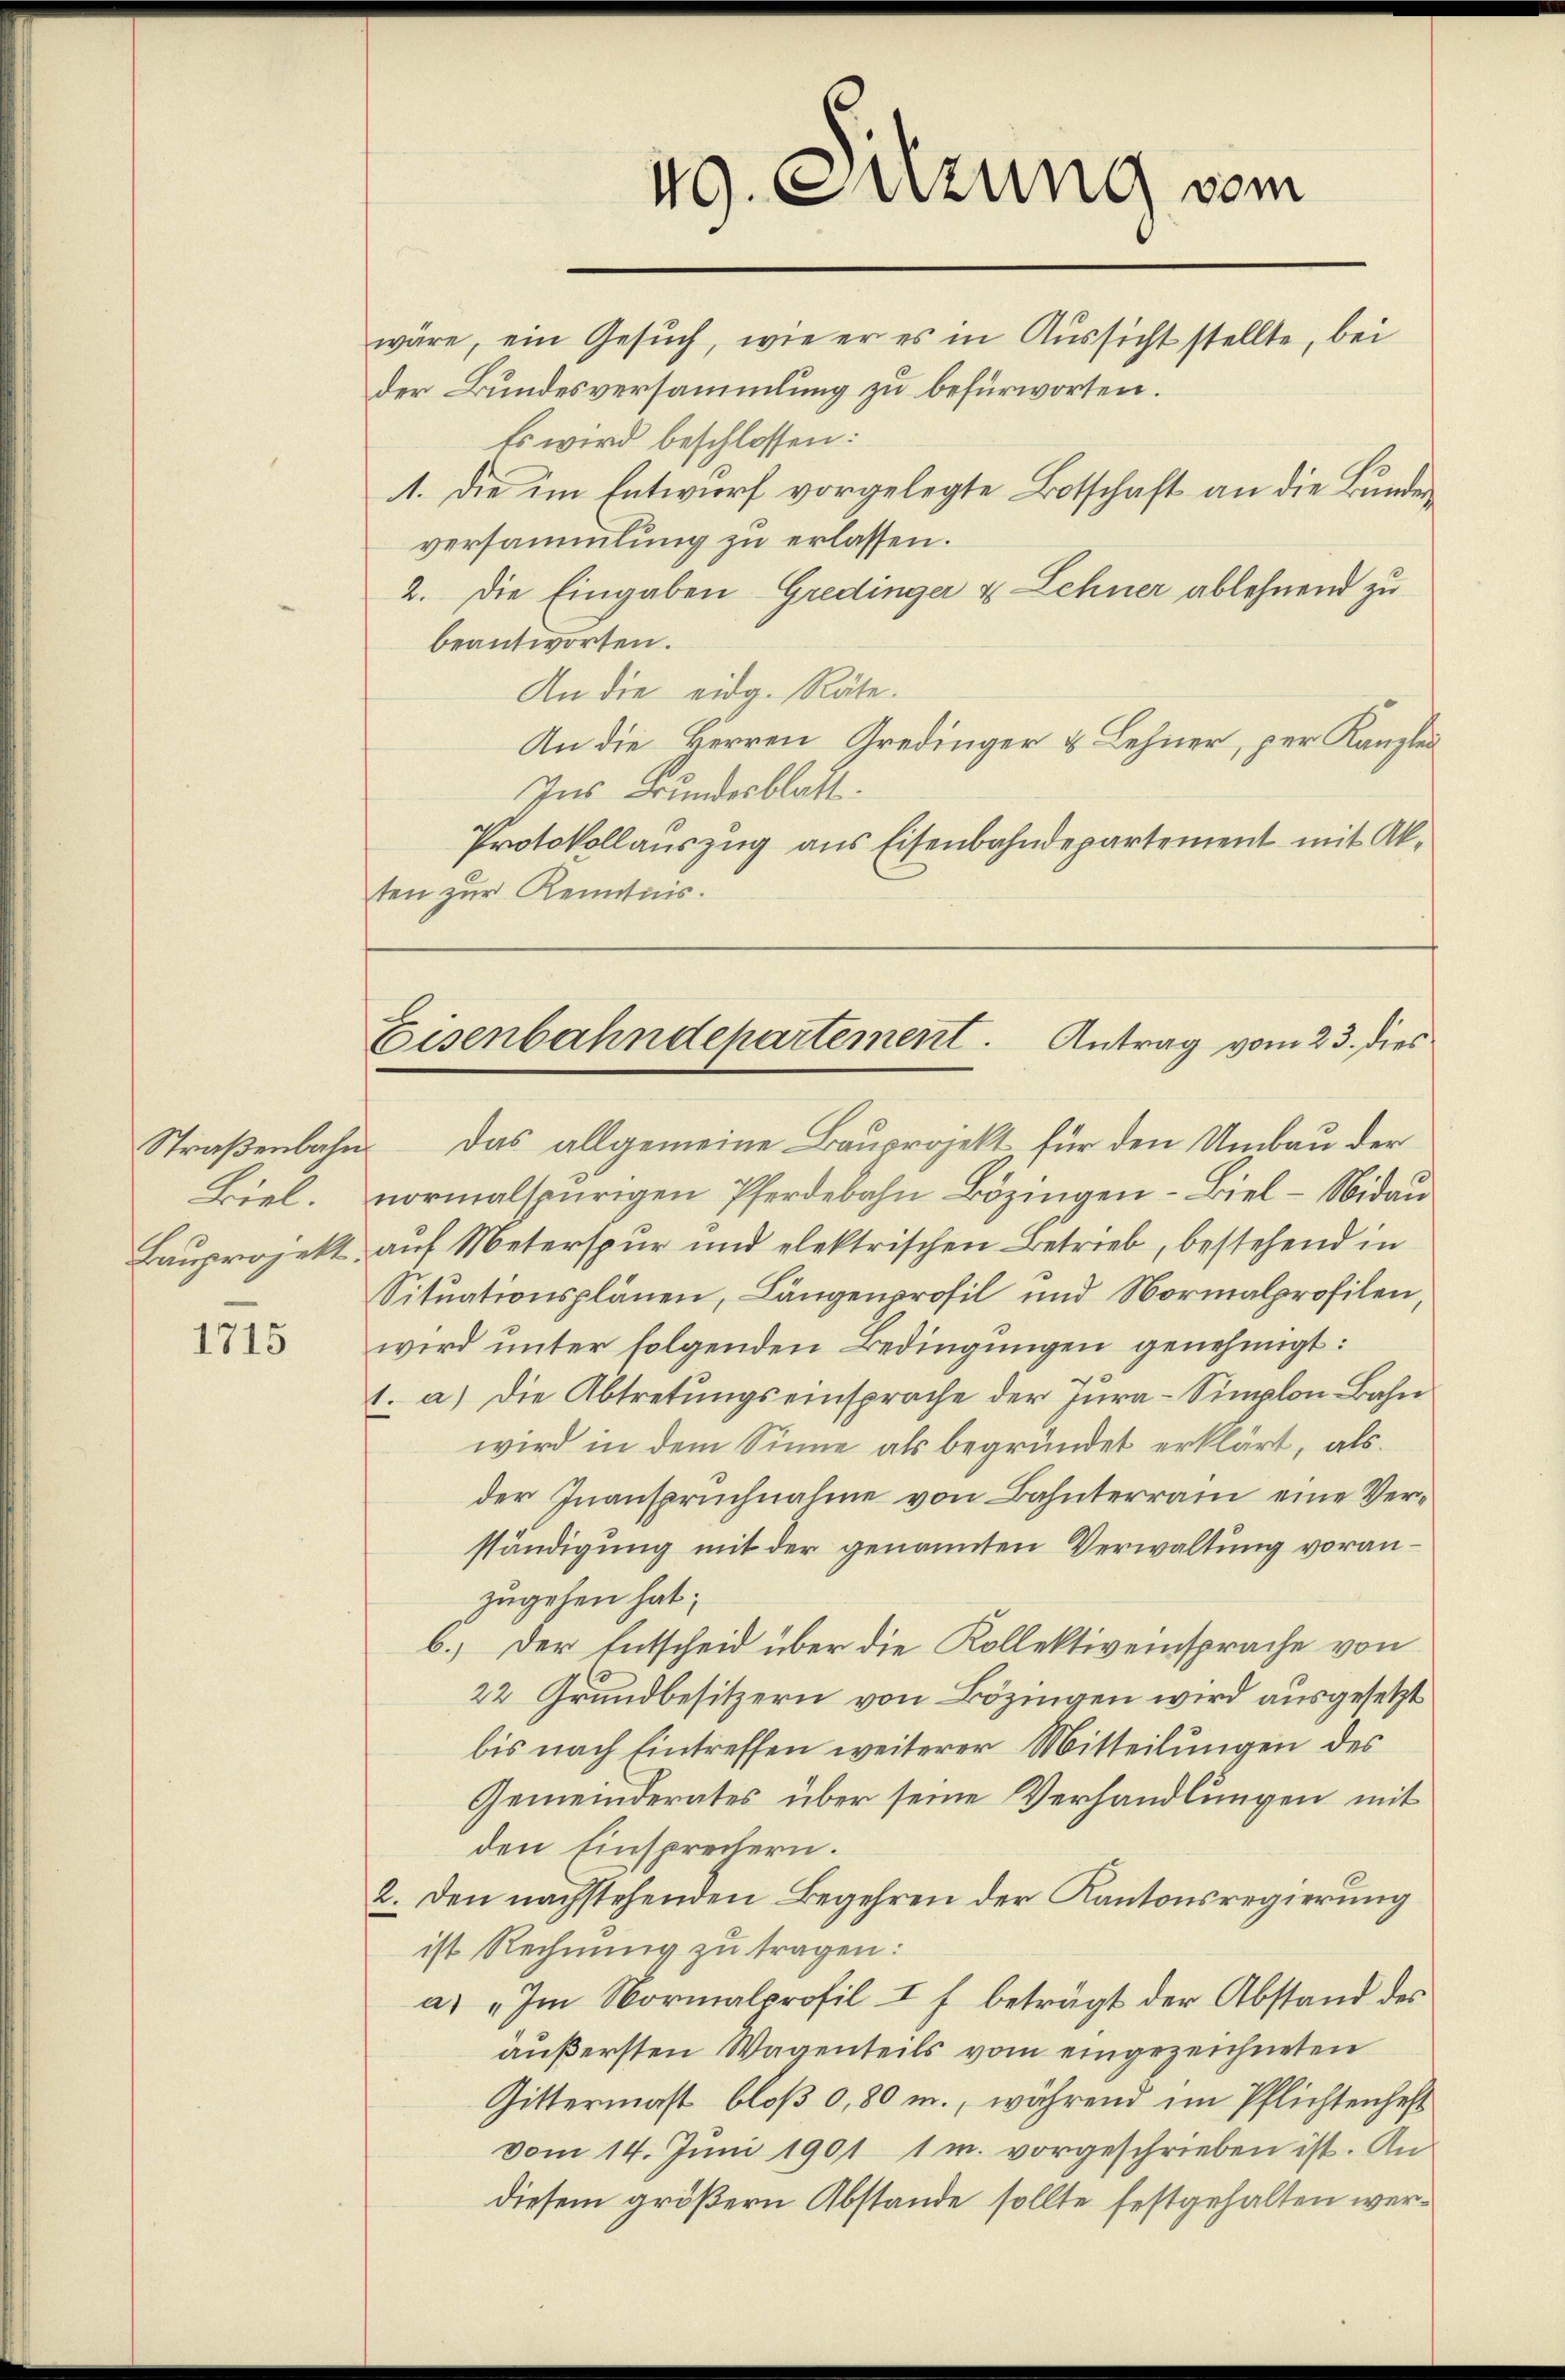
Straßenbahn
Borel
Bauprojekt.

1715

49. Suzung vom
wäre, ein Gesuch, wie er es in Aussicht stellte, bei
der Bundesversammlung zu befürworten.
Es wird beschlossen:
1. die im Entwurf vorgelegte Botschaft an die Bunde¬

versammlung zu erlassen.
2. Die Eingaben Gredinger & Lehner ablehnend zu
beantworten.
An die eidg. Räte.
An die Herren Gredinger & Lehner, per Kanzlei
Ins Bundesblatt.
Protokollauszug aus Eisenbahndepartement mit Akten zur Kenntnis.

Das allgemeine Bauprojekt für den Umbau der
normalspurigen Pferdebahn Bözingen - Biel -Nidau
auf Meterspur und elektrischen Betrieb, bestehend in
Situationsplänen, Längenprofil und Normalprofilen,
wird unter folgenden Bedingungen genehmigt:
1. a) Die Abtretungseinsprache der Jura-Simplon Bahn
wird in dem Sinne als begründet erklärt, als
der Inanspruchnahme von Bahnterrain eine Verständigung mit der genannten Verwaltung voranzugehen hat;
6.) Der Entscheid über die Kollektiveinsprache von
22 Grundbesitzern von Bözingen wird ausgesetzt
bis nach Eintreffen weiterer Mitteilungen des
Gemeinderates über seine Verhandlungen mit
den Einsprechern.
2. Den nachstehenden Begehren der Kantonsregierung
ist Rechnung zu tragen:
a. „Im Normalprofil I f. beträgt der Abstand des
äußersten Wagenteils vom eingezeichneten
Gittermast bloß 0,80 m., während im Pflichtenheft
vom 14. Juni 1901 1 m. vorgeschrieben ist. An
diesem größern Abstande sollte festgehalten wer¬

Eisenbahndepartement. Antrag vom 23. dies